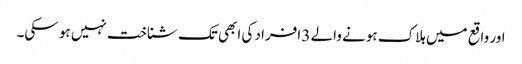
اور واقع میں ہلاک ہونے والے 3 افراد کی ابھی تک شناخت نہیں ہو سکی۔